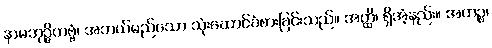
နာမဘုဉ္ဇိတဗ္ဗံ၊ အဘယ်မည်သော သုံးဆောင်ခံစားခြင်းသည်။ အတ္ထိ၊ ရှိအံ့နည်း။ အဟဉ္စ၊